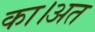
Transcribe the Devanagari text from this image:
का।अत